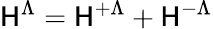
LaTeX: \mathsf{H}^{\Lambda}=\mathsf{H}^{+\Lambda}+\mathsf{H}^{-\Lambda}